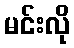
မင်းလို